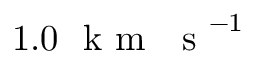
1 . 0 ~ \mathrm { ~ k ~ m ~ ~ ~ s ~ } ^ { - 1 }